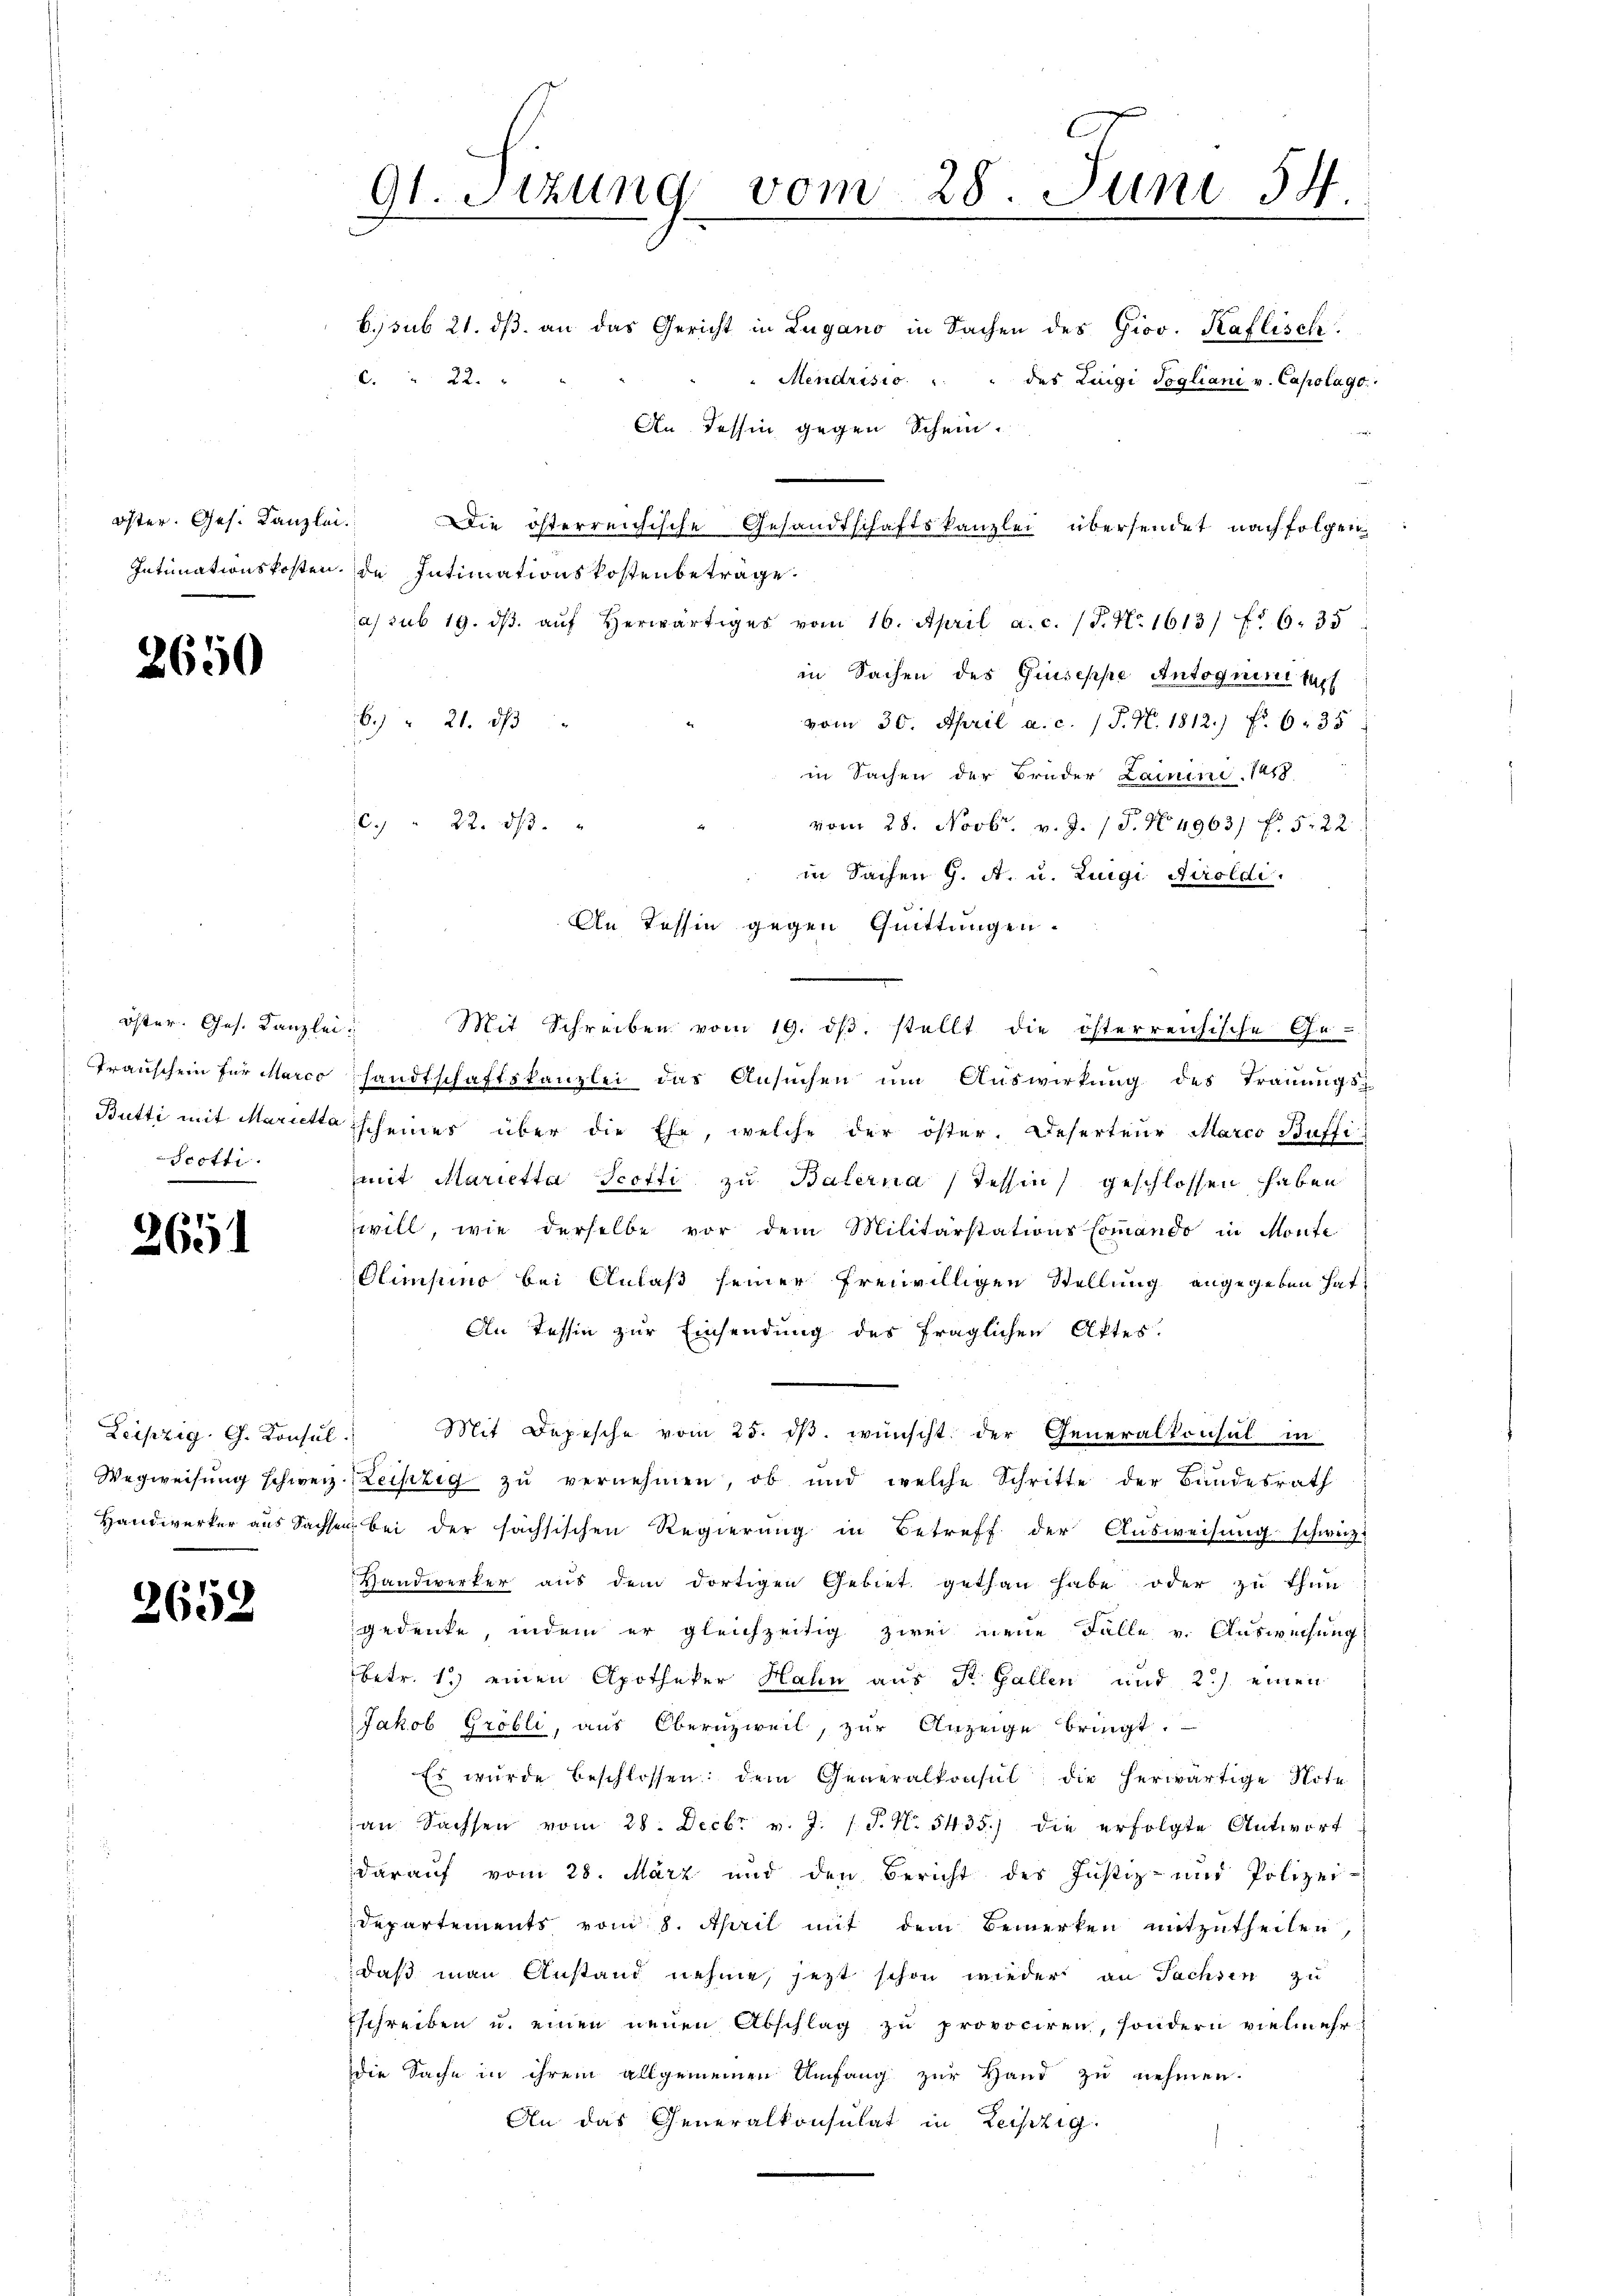
öster. Ges. Kanzlei.
Intimationskosten

2650

öster. Ges. Kanzlei
Transchein für Marco
Scotti.

2651

Leipzig, G. Konsul

2652

9t. Sitzung vom 28. Juni 54.

." 22.

b. sub 21. dβ an das Gericht in Lugano in Sachen des Giov. Kaflisch
Mendrisio " " des Luigi Sogliani v. Capolago
Die österreichische Gesandtschaftskanzlei übersendet nachfolgen
de Intimationskostenbeträge.
as sub 19. dβ aŭf herwärtiger vom 16. April a. c. (T. N. 1613/ fr 6. 35
in Sachen des Giuseppe Antoguinitar
6.) " 21. ds
vom 30. April a. c. (T. N. 1812.) Fr. 635
in Sachen der Bruder Lainini 1858.
c. " 22. dβ. "
vom 28. Novbr. v. J. 18. No. 49631 f. 522
in Sachen G. A. u. Luigi Airoldi.
An Tessin gegen Quittungen.
Mit Schreiben vom 19. dβ stellt die österreichische Ge-
sandtschaftskanzlei das Ansuchen um Auswirkung des Trauungs-
Bütti mit Marietta scheines über die Ehe, welche der öster. Deserteur Marco Büffi-
mit Marietta Scotti zu Balerna (Tessin, geschlossen haben
will, wie derselbe vor dem MilitärstationsCommando in Monte
Olimpino bei Anlaß seiner freiwilligen Stellung angegeben hat,
An Tessin zur Einsendung des fraglichen Aktes.
Mit Depesche vom 25. ds. wünscht der Generalkonsul in
Wegweisung schweiz. Leipzig zu vernehmen, ob und welche Schritte der Bundesrath
Handwerker aus Sachsen bei der sachsischen Regierung in Betreff der Ausweisung schweiz.
Handwerker aus dem dortigen Gebiet gethan habe oder zu thun
gedenke, indem er gleichzeitig zwei neue Falle v. Ausweisung
betr. 1.) einen Apotheker Halin aus R. Gallen und 2.) einen
Jakob Gröbli, aus Obernzweil, zur Anzeige bringt.
Es wurde beschlossen: dem Generalkonsul die herwärtige Note
an Sachsen vom 28. Decbr v. J. P. N. 5435.) die erfolgte Antwort
darauf vom 28. März und den Bericht des Justiz- und Polizei-
Departements vom 8. April mit dem Bemerken mitzutheilen,
daß man Anstand nehme, jezt schon wieder an Sachsen zu
schreiben u. einen neuen Abschlag zu provociren, sondern vielmehr
die Sache in ihrem allgemeinen Umfang zur Hand zu nehmen.
An das Generalkonsulat in Leipzig.

An Tessin gegen Schein.